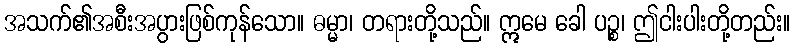
အသက်၏အစီးအပွားဖြစ်ကုန်သော။ ဓမ္မာ၊ တရားတို့သည်။ ဣမေ ခေါ ပဉ္စ၊ ဤငါးပါးတို့တည်း။